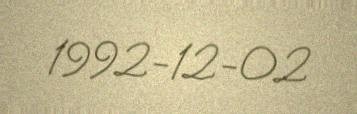
1992-12-02